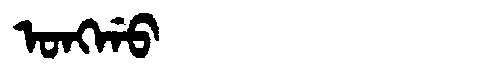
Manchu: ᠣᠩᡤᠣ
Romanization: ONGGO